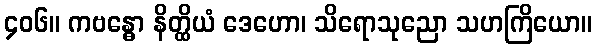
၄၀၆။ ကဗန္ဓော နိတ္ထိယံ ဒေဟော၊ သိရောသုညော သဟကြိယော။